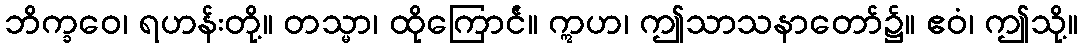
ဘိက္ခဝေ၊ ရဟန်းတို့။ တသ္မာ၊ ထိုကြောင်ံ။ ဣဟ၊ ဤသာသနာတော်၌။ ဧဝံ၊ ဤသို့။